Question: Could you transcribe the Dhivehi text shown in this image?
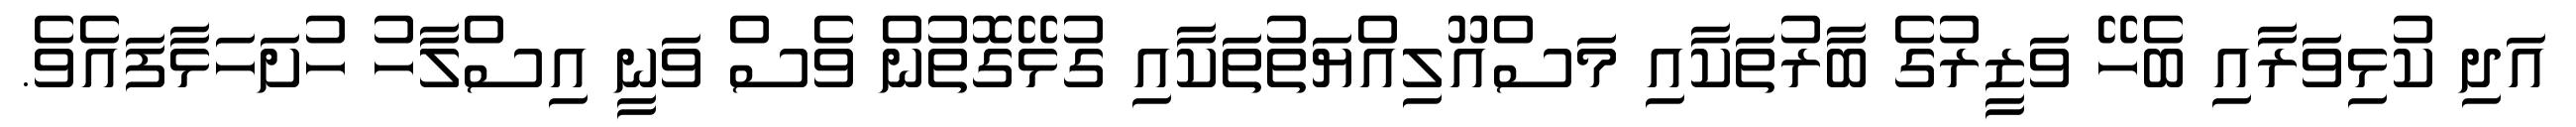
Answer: އަދި ކުޅިވަރާއި ބެހޭ ވަޒީރުގެ ބާރުތަކާއި މަސްއޫލިއްޔަތުތަކާއި ގުޅޭގޮތުން ވެސް ވަނީ އިސްލާހު ހުށަހަޅާފައެވެ.